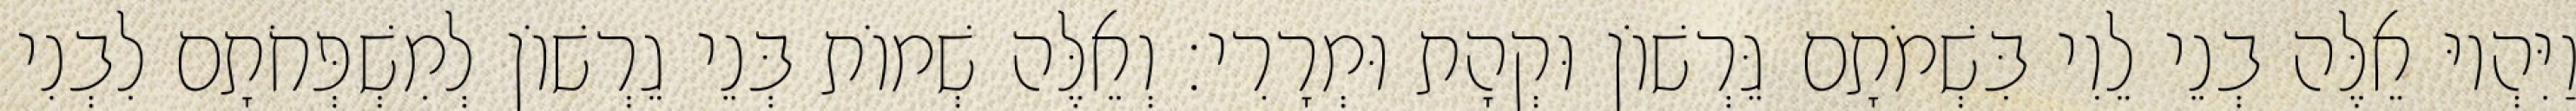
וַיִּהְיוּ אֵלֶּה בְנֵי לֵוִי בִּשְׁמֹתָם גֵּרְשׁוֹן וּקְהָת וּמְרָרִי׃ וְאֵלֶּה שְׁמוֹת בְּנֵי גֵרְשׁוֹן לְמִשְׁפְּחֹתָם לִבְנִי